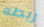
ربطه